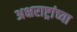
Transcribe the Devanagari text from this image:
अक्षराष्ट्रांच्या